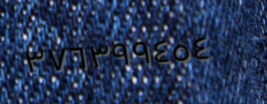
٣٧٦٣٩٩٤٥٤